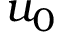
u _ { 0 }